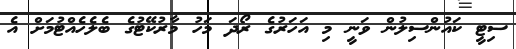
ސިޓީ ކައުންސިލުން ވަނީ މި އަހަރުގެ ރޯދަ މަހު މާރުކޭޓުގެ ބެލެހެއްޓުމަށް އެ